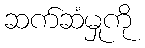
ဆက်ဆံမှုကို